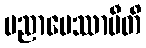
ပညာပေဿာမီတိ